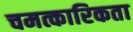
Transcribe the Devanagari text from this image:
चमत्कारिकता